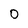
Character: 0